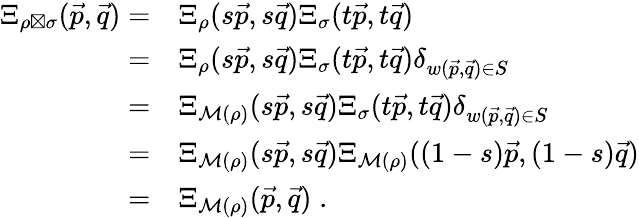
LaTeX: \begin{array}{rl}{\Xi_{\rho\boxtimes\sigma}(\vec{p},\vec{q})=}&{\Xi_{\rho}(s\vec{p},s\vec{q})\Xi_{\sigma}(t\vec{p},t\vec{q})}\\ {=}&{\Xi_{\rho}(s\vec{p},s\vec{q})\Xi_{\sigma}(t\vec{p},t\vec{q})\delta_{w(\vec{p},\vec{q})\in S}}\\ {=}&{\Xi_{\mathcal M(\rho)}(s\vec{p},s\vec{q})\Xi_{\sigma}(t\vec{p},t\vec{q})\delta_{w(\vec{p},\vec{q})\in S}}\\ {=}&{\Xi_{\mathcal M(\rho)}(s\vec{p},s\vec{q})\Xi_{\mathcal M(\rho)}((1-s)\vec{p},(1-s)\vec{q})}\\ {=}&{\Xi_{\mathcal M(\rho)}(\vec{p},\vec{q})\; .}\end{array}